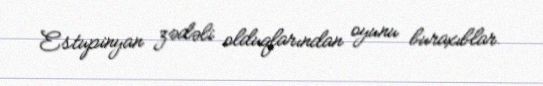
Estupinyan zədəli olduqlarından oyunu buraxıblar.